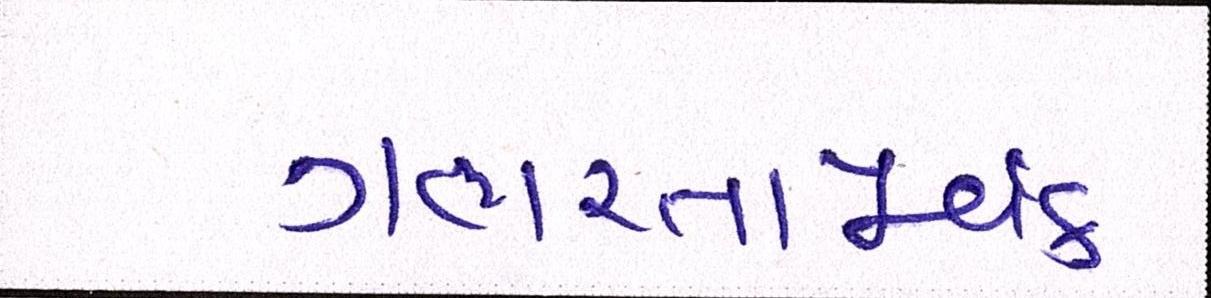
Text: ગંભીરતાપૂર્વક